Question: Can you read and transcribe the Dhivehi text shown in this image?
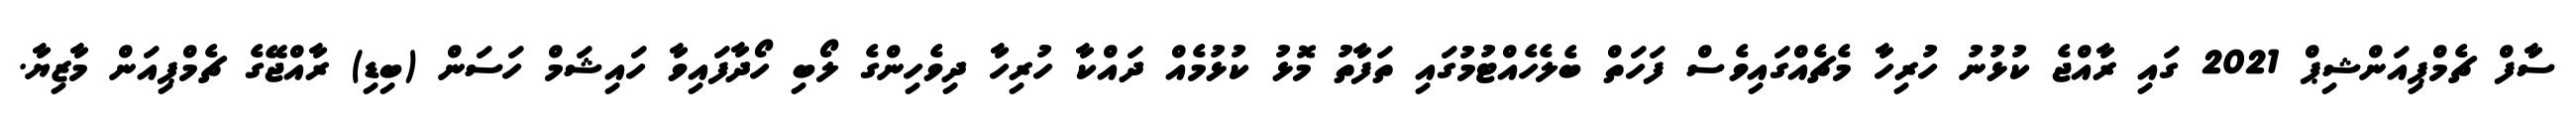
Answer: ސާފް ޗެމްޕިއަންޝިޕް 2021 ގައި ރާއްޖެ ކުޅުނު ހުރިހާ މެޗެއްގައިވެސް ފަހަތް ބެލެހެއްޓުމުގައި ތަފާތު މޮޅު ކުޅުމެއް ދައްކާ ހުރިހާ ދިވެހިންގެ ލޯބި ހޯދާފައިވާ ހައިޝަމް ހަސަން (ބިޑި) ރާއްޖޭގެ ޗެމްޕިއަން މާޒިޔާ.